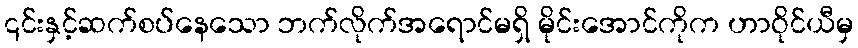
၎င်းနှင့်ဆက်စပ်နေသော ဘက်လိုက်အရောင်မရှိ မိုင်းအောင်ကိုက ဟာဝိုင်ယီမှ